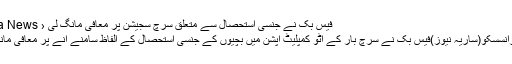
فیس بک نے جنسی استحصال سے متعلق سرچ سجیشن پر معافی مانگ لی ‹ Saria News
سان فرانسسکو(ساریہ نیوز)فیس بک نے سرچ بار کے آٹو کمپلیٹ آپشن میں بچیوں کے جنسی استحصال کے الفاظ سامنے آنے پر معافی مانگ لی۔